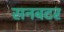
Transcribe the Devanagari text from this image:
सनबटर